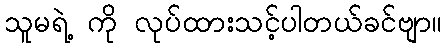
သူမရဲ့ ကို လုပ်ထားသင့်ပါတယ်ခင်ဗျာ။